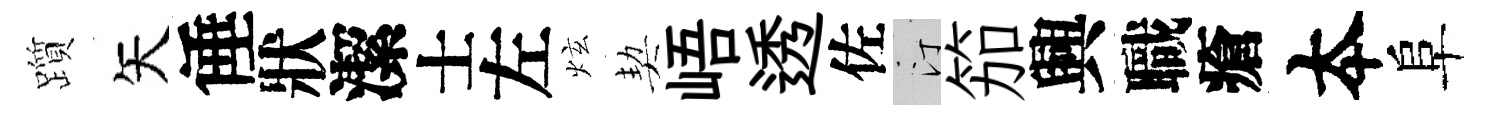
躓矢倕狀潔士左炫契峿透佐汀笳興職瘡夲阜